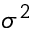
\sigma ^ { 2 }